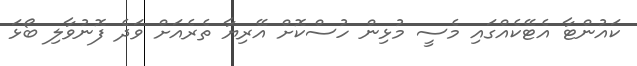
ކައުންޓާ އެޓޭކެއްގައި މެސީ މުޅިން ހުސްކޮށް އޭރިޔާ ތެރެއަށް ވަދެ ފޮނުވާލި ބޯޅަ